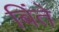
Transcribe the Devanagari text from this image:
बिंते